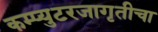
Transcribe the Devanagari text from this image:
कम्प्युटरजागृतीचा